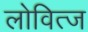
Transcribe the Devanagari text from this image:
लोवित्ज